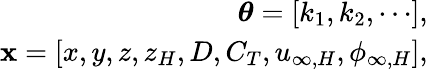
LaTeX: \begin{array}{r}{\boldsymbol{\theta}=[k_{1},k_{2},\cdots],}\\ {\mathbf{x}=[x,y,z,z_{H},D,C_{T},u_{\infty,H},\phi_{\infty,H}],}\end{array}